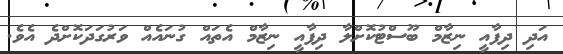
އަދި ދިފާއީ ނިޒާމް ބޫސްޓުކޮށްލާ ދިފާއީ ނިޒާމް އެތައް ގުނައެއް ވަރުގަދަކޮށްދެ އެވެ.